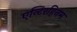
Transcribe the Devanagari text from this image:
एन्टिरहिनम